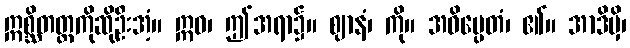
ဣစ္ဆိတတ္ထကိုဆိုဦးအံ့။ ဣဓ၊ ဤအရာ၌။ ဈာနံ၊ ကို။ အဓိပ္ပေတံ၊ ၏။ အာဒိမှိ၊